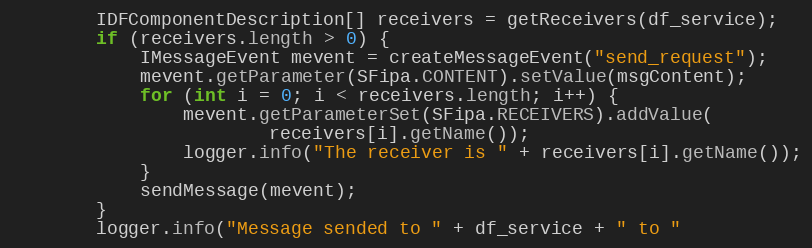
Language: Java
        IDFComponentDescription[] receivers = getReceivers(df_service);
        if (receivers.length > 0) {
            IMessageEvent mevent = createMessageEvent("send_request");
            mevent.getParameter(SFipa.CONTENT).setValue(msgContent);
            for (int i = 0; i < receivers.length; i++) {
                mevent.getParameterSet(SFipa.RECEIVERS).addValue(
                        receivers[i].getName());
                logger.info("The receiver is " + receivers[i].getName());
            }
            sendMessage(mevent);
        }
        logger.info("Message sended to " + df_service + " to "